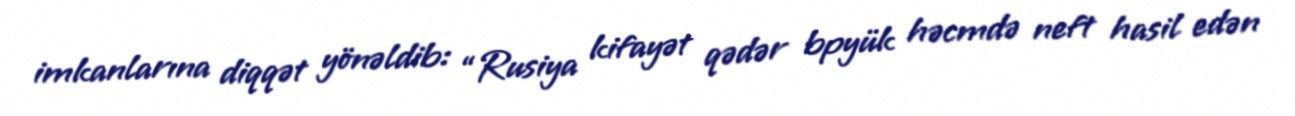
imkanlarına diqqət yönəldib: “Rusiya kifayət qədər bpyük həcmdə neft hasil edən